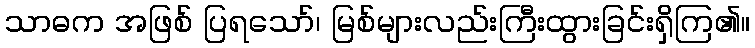
သာဓက အဖြစ် ပြရသော်၊ မြစ်များလည်းကြီးထွားခြင်းရှိကြ၏။